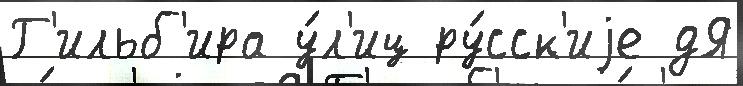
Г'ильб'ира у́л'иц ру́сск'иjе дЯ